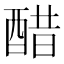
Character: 醋